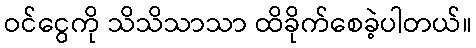
ဝင်ငွေကို သိသိသာသာ ထိခိုက်စေခဲ့ပါတယ်။